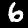
Label: 6